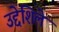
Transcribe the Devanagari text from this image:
उद्देशिले